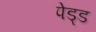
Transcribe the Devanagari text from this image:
पेड्ड